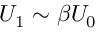
U _ { 1 } \sim \beta U _ { 0 }